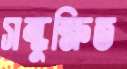
সন্ধুক্ষিত